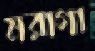
মরাগা